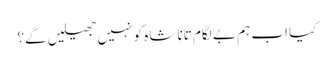
کیا اب ہم بے لگام تانا شاہ کو نہیں جھیلیں گے؟